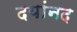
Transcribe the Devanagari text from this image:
दयांनद